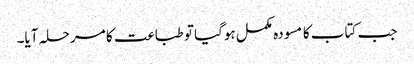
جب کتاب کا مسودہ مکمل ہوگیا تو طباعت کا مرحلہ آیا۔